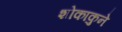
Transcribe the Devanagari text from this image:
शोकाकुने